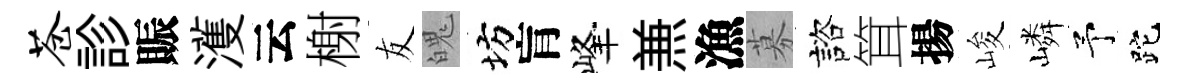
苍診賑濩云榭友魄坊肓峰𠔥漁募諮䇯揚峻嶙予跎